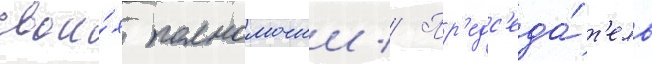
свои́х полномочии // Пр'едс'еда́т'ель